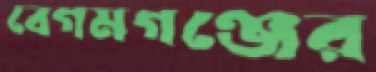
বেগমগঞ্জের